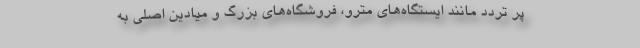
پر تردد مانند ایستگاه‌های مترو، فروشگاه‌های بزرگ و میادین اصلی به